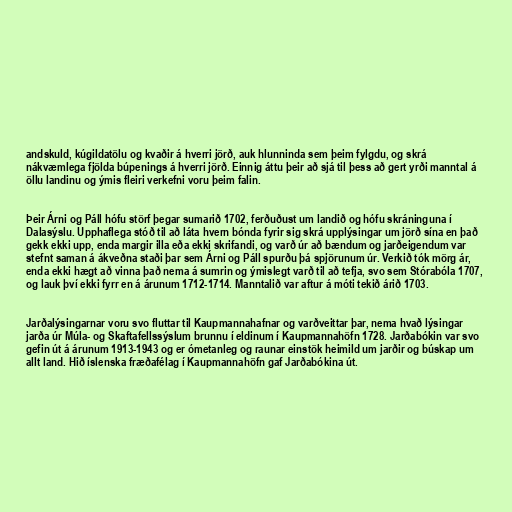
andskuld, kúgildatölu og kvaðir á hverri jörð, auk hlunninda sem þeim fylgdu, og skrá
nákvæmlega fjölda búpenings á hverri jörð. Einnig áttu þeir að sjá til þess að gert yrði manntal á
öllu landinu og ýmis fleiri verkefni voru þeim falin.

Þeir Árni og Páll hófu störf þegar sumarið 1702, ferðuðust um landið og hófu skráninguna í
Dalasýslu. Upphaflega stóð til að láta hvern bónda fyrir sig skrá upplýsingar um jörð sína en það
gekk ekki upp, enda margir illa eða ekki skrifandi, og varð úr að bændum og jarðeigendum var
stefnt saman á ákveðna staði þar sem Árni og Páll spurðu þá spjörunum úr. Verkið tók mörg ár,
enda ekki hægt að vinna það nema á sumrin og ýmislegt varð til að tefja, svo sem Stórabóla 1707,
og lauk því ekki fyrr en á árunum 1712-1714. Manntalið var aftur á móti tekið árið 1703.

Jarðalýsingarnar voru svo fluttar til Kaupmannahafnar og varðveittar þar, nema hvað lýsingar
jarða úr Múla- og Skaftafellssýslum brunnu í eldinum í Kaupmannahöfn 1728. Jarðabókin var svo
gefin út á árunum 1913-1943 og er ómetanleg og raunar einstök heimild um jarðir og búskap um
allt land. Hið íslenska fræðafélag í Kaupmannahöfn gaf Jarðabókina út.